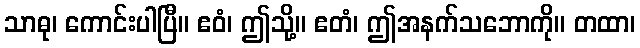
သာဓု၊ ကောင်းပါပြီ။ ဧဝံ၊ ဤသို့။ ဧတံ၊ ဤအနက်သဘောကို။ တထာ၊